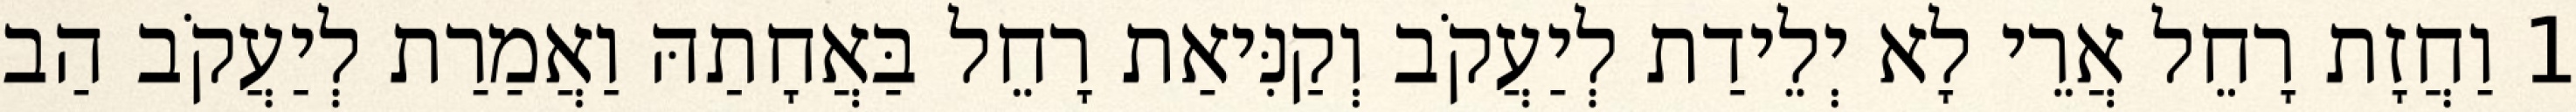
1 וַחֲזָת רָחֵל אֲרֵי לָא יְלֵידַת לְיַעֲקֹב וְקַנִּיאַת רָחֵל בַּאֲחָתַהּ וַאֲמַרַת לְיַעֲקֹב הַב